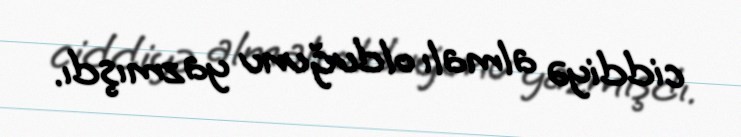
ciddiyə almalı olduğunu yazmışdı.